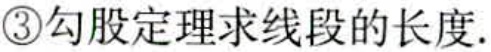
\textcircled{3}勾股定理求线段的长度.